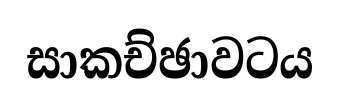
සාකච්ඡාවටය